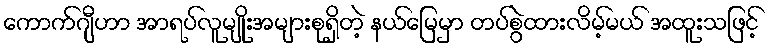
ကောက်ဂျီဟာ အာရပ်လူမျိုးအများစုရှိတဲ့ နယ်မြေမှာ တပ်စွဲထားလိမ့်မယ် အထူးသဖြင့်